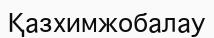
Қазхимжобалау